Report of the Indian Hemp Drugs Commission, 1894-1895 - Volume IV
Year: 1894
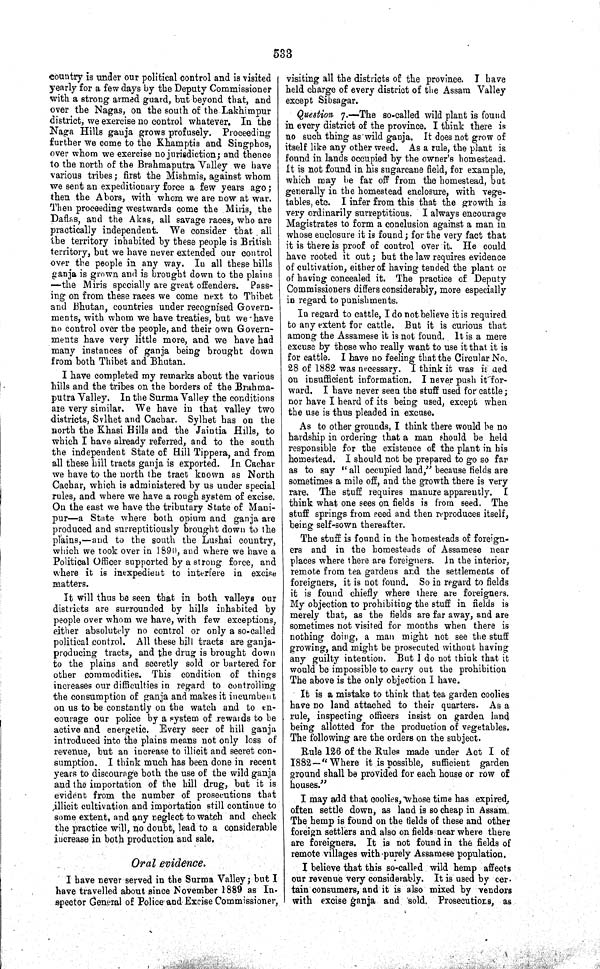
533
country is under our political control and is visited
yearly for a few days by the Deputy Commissioner
with a strong armed guard, but beyond that, and
over the Nagas, on the south of the Lakhimpur
district, we exercise no control whatever. In the
Naga Hills ganja grows profusely. Proceeding
further we come to the Khamptis and Singphos,
over whom we exercise no jurisdiction; and thence
to the north of the Brahmaputra Valley we have
various tribes; first the Mishmis, against whom
we sent an expeditionary force a few years ago;
then the Abors, with whom we are now at war.
Then proceeding westwards come the Miris, the
Daflas, and the Akas, all savage races, who are
practically independent. We consider that all
the territory inhabited by these people is British
territory, but we have never extended our control
over the people in any way. In all these hills
ganja is grown and is brought down to the plains
—the Miris specially are great offenders. Pass-
ing on from these races we come next to Thibet
and Bhutan, countries under recognised Govern-
ments, with whom we have treaties, but we have
no control over the people, and their own Govern-
ments have very little more, and we have had
many instances of ganja being brought down
from both Thibet and Bhutan.
I have completed my remarks about the various
hills and the tribes on the borders of the Brahma-
putra Valley. In the Surma Valley the conditions
are very similar. We have in that valley two
districts, Sylhet and Cachar. Sylhet has on the
north the Khasi Hills and the Jaintia Hills, to
which I have already referred, and to the south
the independent State of Hill Tippera, and from
all these hill tracts ganja is exported. In Cachar
we have to the north the tract known as North
Cachar, which is administered by us under special
rules, and where we have a rough system of excise.
On the east we have the tributary State of Mani-
pur—a State where both opium and ganja are
produced and surreptitiously brought down to the
plains,—and to the south the Lushai country,
which we took over in 1890, and where we have a
Political Officer supported by a strong force, and
where it is inexpedient to interfere in excise
matters.
It will thus be seen that in both valleys our
districts are surrounded by hills inhabited by
people over whom we have, with few exceptions,
either absolutely no control or only a so-called
political control. All these hill tracts are ganja-
producing tracts, and the drug is brought down
to the plains and secretly sold or bartered for
other commodities. This condition of things
increases our difficulties in regard to controlling
the consumption of ganja and makes it incumbent
on us to be constantly on the watch and to en-
courage our police by a system of rewards to be
active and energetic. Every seer of hill ganja
introduced into the plains means not only loss of
revenue, but an increase to illicit and secret con-
sumption. I think much has been done in recent
years to discourage both the use of the wild ganja
and the importation of the hill drug, but it is
evident from the number of prosecutions that
illicit cultivation and importation still continue to
some extent, and any neglect to watch and check
the practice will, no doubt, lead to a considerable
increase in both production and sale.
Oral evidence.
I have never served in the Surma Valley; but I
have travelled about since November 1889 as In-
spector General of Police and Excise Commissioner,
visiting all the districts of the province. I have
held charge of every district of the Assam Valley
except Sibsagar.
Question 7.—The so-called wild plant is found
in every district of the province. I think there is
no such thing as wild ganja. It does not grow of
itself like any other weed. As a rule, the plant is
found in lands occupied by the owner's homestead.
It is not found in his sugarcane field, for example,
which may be far off from the homestead, but
generally in the homestead enclosure, with vege-
tables, etc. I infer from this that the growth is
very ordinarily surreptitious. I always encourage
Magistrates to form a conclusion against a man in
whose enclosure it is found; for the very fact that
it is there is proof of control over it. He could
have rooted it out; but the law requires evidence
of cultivation, either of having tended the plant or
of having concealed it. The practice of Deputy
Commissioners differs considerably, more especially
in regard to punishments.
In regard to cattle, I do not believe it is required
to any extent for cattle. But it is curious that
among the Assamese it is not found. It is a mere
excuse by those who really want to use it that it is
for cattle. I have no feeling that the Circular No.
28 of 1882 was necessary. I think it was is ued
on insufficient information. I never push it for-
ward. I have never seen the stuff used for cattle;
nor have I heard of its being used, except when
the use is thus pleaded in excuse.
As to other grounds, I think there would be no
hardship in ordering that a man should be held
responsible for the existence of the plant in his
homestead. I should not be prepared to go so far
as to say "all occupied land," because fields are
sometimes a mile off, and the growth there is very
rare. The stuff requires manure apparently. I
think what one sees on fields is from seed. The
stuff springs from seed and then reproduces itself,
being self-sown thereafter.
The stuff is found in the homesteads of foreign-
ers and in the homesteads of Assamese near
places where there are foreigners. In the interior,
remote from tea gardens and the settlements of
foreigners, it is not found. So in regard to fields
it is found chiefly where there are foreigners.
My objection to prohibiting the stuff in fields is
merely that, as the fields are far away, and are
sometimes not visited for months when there is
nothing doing, a man might not see the stuff
growing, and might be prosecuted without having
any guilty intention. But I do not think that it
would be impossible to carry out the prohibition
The above is the only objection I have.
It is a mistake to think that tea garden coolies
have no land attached to their quarters. As a
rule, inspecting officers insist on garden land
being allotted for the production of vegetables.
The following are the orders on the subject.
Rule 126 of the Rules made under Act I of
1882—"Where it is possible, sufficient garden
ground shall be provided for each house or row of
houses."
I may add that coolies, whose time has expired,
often settle down, as land is so cheap in Assam,
The hemp is found on the fields of these and other
foreign settlers and also on fields near where there
are foreigners. It is not found in the fields of
remote villages with purely Assamese population.
I believe that this so-called wild hemp affects
our revenue very considerably. It is used by cer-
tain consumers, and it is also mixed by vendors
with excise ganja and sold. Prosecutions, as